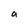
Character: a